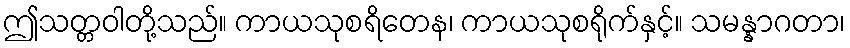
ဤသတ္တဝါတို့သည်။ ကာယသုစရိတေန၊ ကာယသုစရိုက်နှင့်။ သမန္နာဂတာ၊